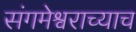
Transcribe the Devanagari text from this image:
संगमेश्वराच्याच